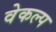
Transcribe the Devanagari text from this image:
वेकल्प